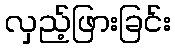
လှည့်ဖြားခြင်း